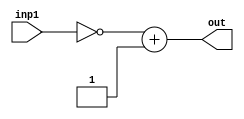
module twos_complement_64(
    input [63:0] inp1,
    output [63:0] out
    );
		
	 wire c;
	 reg [63:0] one;
	 initial begin
		one = 32'b0000000000000000000000000000000000000000000000000000000000000001;
	 end
	 
	 assign out = ~inp1 + one;

endmodule